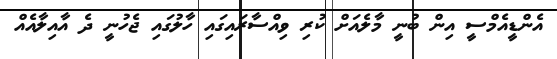
އެންޑީއެމްސީ އިން ބުނީ މާލެއަށް ކުރި ވިއްސާރައިގައި ހާލުގައި ޖެހުނީ ދެ އާއިލާއެއް